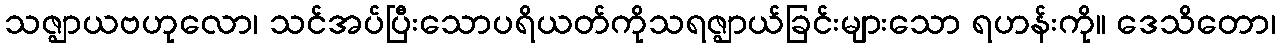
သဇ္ဈာယဗဟုလော၊ သင်အပ်ပြီးသောပရိယတ်ကိုသရဇ္ဈာယ်ခြင်းများသော ရဟန်းကို။ ဒေသိတော၊